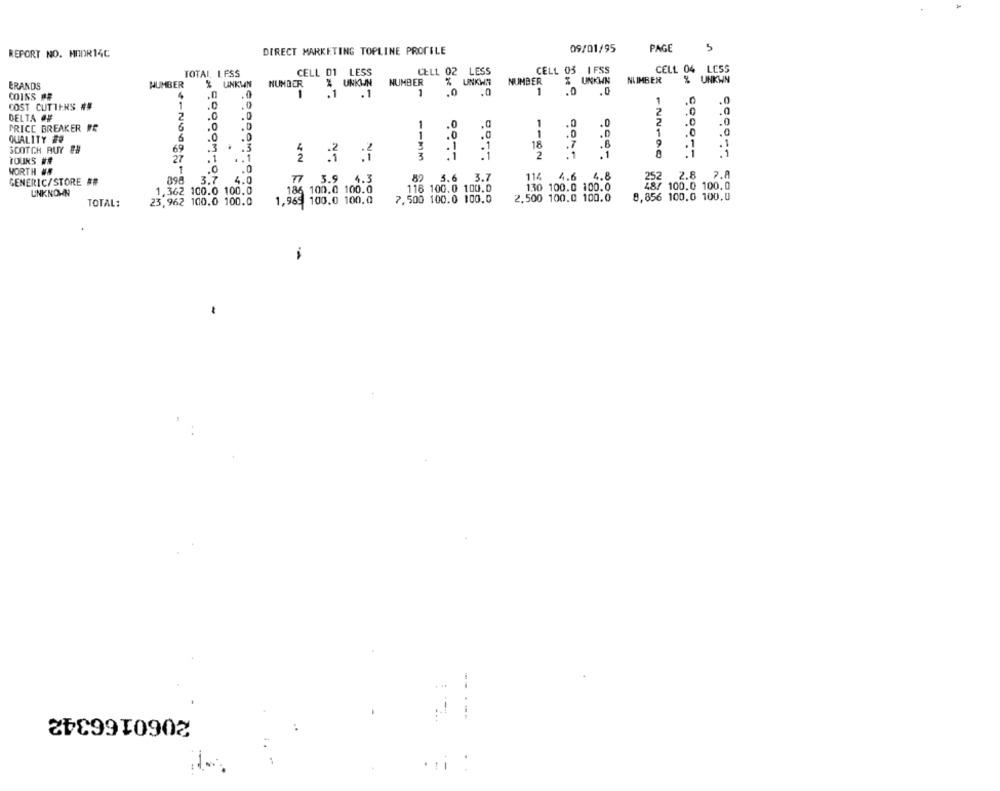
PAGE
5
REPORT NO. HOOR14C
DIRECT MARKETING TOPLINE PROFILE
09/01/95
CELL 01 LESS
CELL 02 LESS
CELL 03 IFSS
CELL 04 LESS
TOTAL LESS
NUMBER
UNKIN
NUMBER
% UNKWN
BRANDS
NUMBER
% UNKMN
NUMBER
Z UNKUN
NUMBER
%
UNKWA
COINS PF
.1
.1
1
.0
.0
1
.0
.0
.0
1
.0
.0
COST CUTIERS ##
1
.0
.0
DELTA AF
2
.0
PRICE BREAKER FR
6
.0
.0
1
.0
1
.0
.0
NN
.0
1
.0
1
.0
.0
1
.0
QUALITY #
6
.0
.0
.0
9
.1
.1
SCOTCH AUY
69
.3
.3
.1
.1
18
.6
27
2 3 :3
3
2
.1
.1
.1
TOURS ##
WORTH ##
.0
4.8
2.8
2.A
GENERIC/STORE ##
898
3.7
4.0
77 3.9
4.3
3.6
3.7
114
4.6
252
1,362 100.0 100.0
186 100.0 100.0
118 100. 0 100.0
130 100.0 100.0
48/ 100.0 100.0
UNKNOWN
7, 500 100.0 100.0
2,500 100.0 100.0
8,856 100,0 100,0
TOTAL:
23,962 100.0 100.0
1,965 100.0 100.0
2060166342